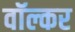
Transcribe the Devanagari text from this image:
वॉल्कर